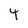
Character: 4